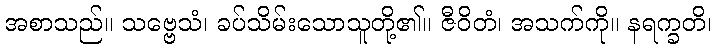
အစာသည်။ သဗ္ဗေသံ၊ ခပ်သိမ်းသောသူတို့၏။ ဇီဝိတံ၊ အသက်ကို။ နရက္ခတိ၊